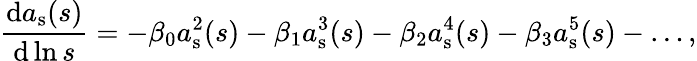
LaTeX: \frac{\mathrm{d}a_{\mathrm{s}}(s)}{\mathrm{d}\ln s}=-\beta_{0}a_{\mathrm{s}}^{2}(s)-\beta_{1}a_{\mathrm{s}}^{3}(s)-\beta_{2}a_{\mathrm{s}}^{4}(s)-\beta_{3}a_{\mathrm{s}}^{5}(s)-\dots,